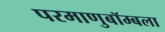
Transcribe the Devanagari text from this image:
परमाणुबॉम्बला